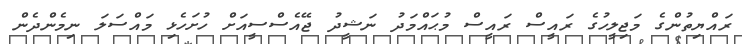
ރައްޔިތުންގެ މަޖިލީހުގެ ރައީސް ރައީސް މުޙައްމަދު ނަޝީދު ޖޭއެސްސީއަށް ހުށަހެޅި މައްސަލަ ނިމެންދެން